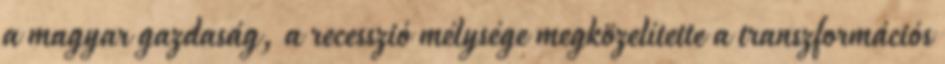
a magyar gazdaság, a recesszió mélysége megközelítette a transzformációs